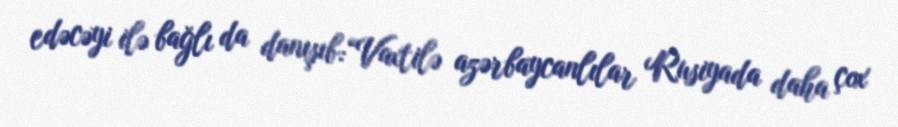
edəcəyi ilə bağlı da danışıb:“Vaxtilə azərbaycanlılar Rusiyada daha çox